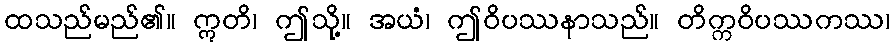
ထသည်မည်၏။ ဣတိ၊ ဤသို့။ အယံ၊ ဤဝိပဿနာသည်။ တိက္ကဝိပဿကဿ၊